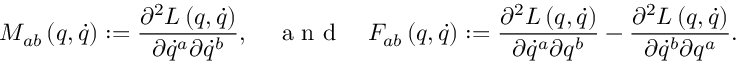
M _ { a b } \left( q , \dot { q } \right) : = \frac { \partial ^ { 2 } L \left( q , \dot { q } \right) } { \partial \dot { q } ^ { a } \partial \dot { q } ^ { b } } , \quad \mathrm { ~ a ~ n ~ d ~ } \quad F _ { a b } \left( q , \dot { q } \right) : = \frac { \partial ^ { 2 } L \left( q , \dot { q } \right) } { \partial \dot { q } ^ { a } \partial q ^ { b } } - \frac { \partial ^ { 2 } L \left( q , \dot { q } \right) } { \partial \dot { q } ^ { b } \partial q ^ { a } } .